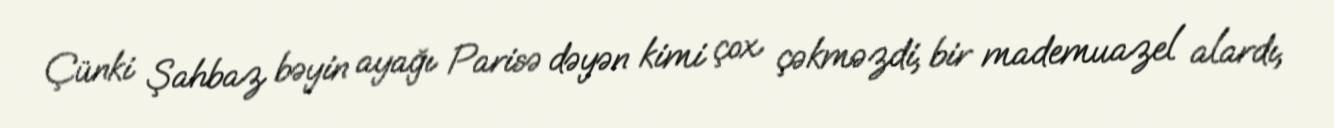
Çünki Şahbaz bəyin ayağı Parisə dəyən kimi çox çəkməzdi, bir mademuazel alardı,